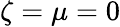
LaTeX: \zeta=\mu=0